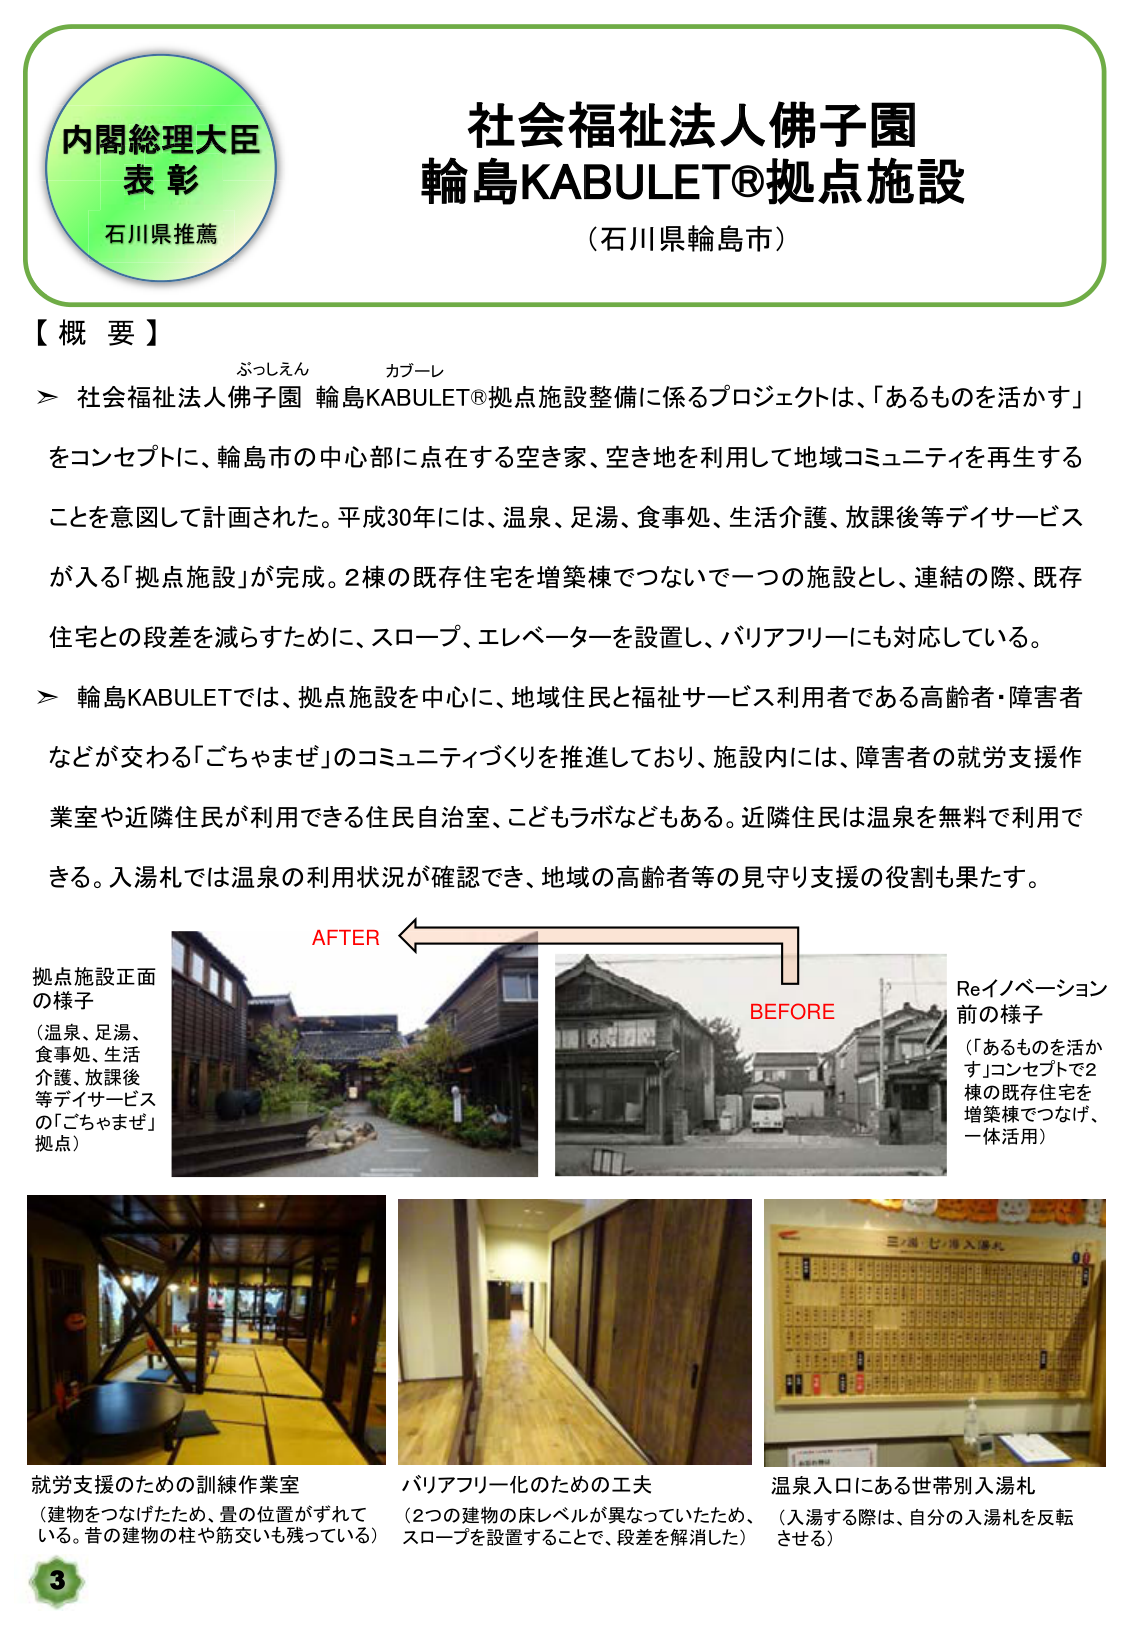
内閣総理大臣
表 彰
石川県推薦

社会福祉法人佛子園
輪島KABULET®拠点施設
（石川県輪島市）

【概 要】
ぶっしえん カブーレ
➤ 社会福祉法人佛子園 輪島KABULET®拠点施設整備に係るプロジェクトは、「あるものを活かす」
をコンセプトに、輪島市の中心部に点在する空き家、空き地を利用して地域コミュニティを再生する
ことを意図して計画された。平成30年には、温泉、足湯、食事処、生活介護、放課後等デイサービス
が入る「拠点施設」が完成。2棟の既存住宅を増築棟でつないで一つの施設とし、連結の際、既存
住宅との段差を減らすために、スロープ、エレベーターを設置し、バリアフリーにも対応している。
➤ 輪島KABULETでは、拠点施設を中心に、地域住民と福祉サービス利用者である高齢者・障害者
などが交わる「ごちゃまぜ」のコミュニティづくりを推進しており、施設内には、障害者の就労支援作
業室や近隣住民が利用できる住民自治室、こどもラボなどもある。近隣住民は温泉を無料で利用で
きる。入湯札では温泉の利用状況が確認でき、地域の高齢者等の見守り支援の役割も果たす。

AFTER
拠点施設正面
の様子
（温泉、足湯、
食事処、生活
介護、放課後
等デイサービス
の「ごちゃまぜ」
拠点）

BEFORE
Reイノベーション
前の様子
（「あるものを活か
す」コンセプトで2
棟の既存住宅を
増築棟でつなげ、
一体活用）

就労支援のための訓練作業室
（建物をつなげたため、畳の位置がずれて
いる。昔の建物の柱や筋交いも残っている）

バリアフリー化のための工夫
（2つの建物の床レベルが異なっていたため、
スロープを設置することで、段差を解消した）

温泉入口にある世帯別入湯札
（入湯する際は、自分の入湯札を反転
させる）

3